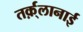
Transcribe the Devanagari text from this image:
तर्क़्लानाई